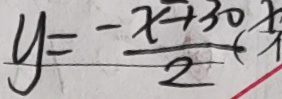
y = \frac { - x + 3 0 } { 2 }